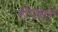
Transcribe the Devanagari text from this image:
शैफ्टों